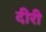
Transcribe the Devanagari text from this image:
दीरी